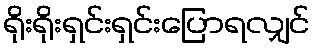
ရိုးရိုးရှင်းရှင်းပြောရလျှင်